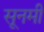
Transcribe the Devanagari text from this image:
सूनमी